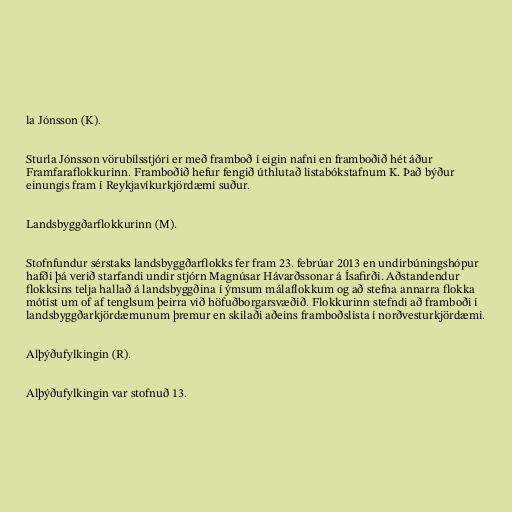
la Jónsson (K).

Sturla Jónsson vörubílsstjóri er með framboð í eigin nafni en framboðið hét áður
Framfaraflokkurinn. Framboðið hefur fengið úthlutað listabókstafnum K. Það býður
einungis fram í Reykjavíkurkjördæmi suður.

Landsbyggðarflokkurinn (M).

Stofnfundur sérstaks landsbyggðarflokks fer fram 23. febrúar 2013 en undirbúningshópur
hafði þá verið starfandi undir stjórn Magnúsar Hávarðssonar á Ísafirði. Aðstandendur
flokksins telja hallað á landsbyggðina í ýmsum málaflokkum og að stefna annarra flokka
mótist um of af tenglsum þeirra við höfuðborgarsvæðið. Flokkurinn stefndi að framboði í
landsbyggðarkjördæmunum þremur en skilaði aðeins framboðslista í norðvesturkjördæmi.

Alþýðufylkingin (R).

Alþýðufylkingin var stofnuð 13.